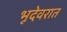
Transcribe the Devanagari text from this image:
भूदेवरात